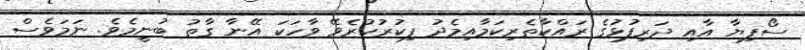
ސޯފިޔާ އާއި ދަރިފުޅުގެ ރައްކާތެރިކަމާއިމެދު ފިކުރުކުރެވޭ ވާހަކަ އޭނާ ގާތު ބުނީމެވެ. ނަމަވެސް